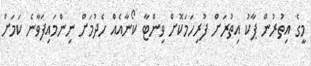
މީގެ އިތުރުން ޕާކު އިތުރަށް ފުރިހަމަކޮށް ވިންޓާ ކޯނާއެއް ހެދުމަށް ނިންމައިފަވާނެ ކަމަށް